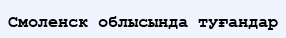
Смоленск облысында туғандар